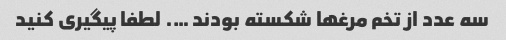
سه عدد از تخم مرغها شکسته بودند …. لطفا پیگیری کنید